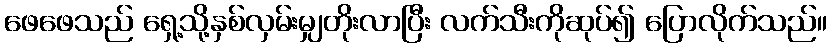
ဖေဖေသည် ရှေ့သို့နှစ်လှမ်းမျှတိုးလာပြီး လက်သီးကိုဆုပ်၍ ပြောလိုက်သည်။